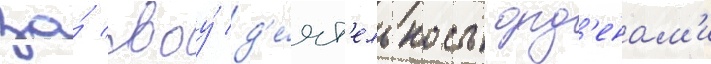
за́ своу́ д'е́ят'ельность орд'енам'и